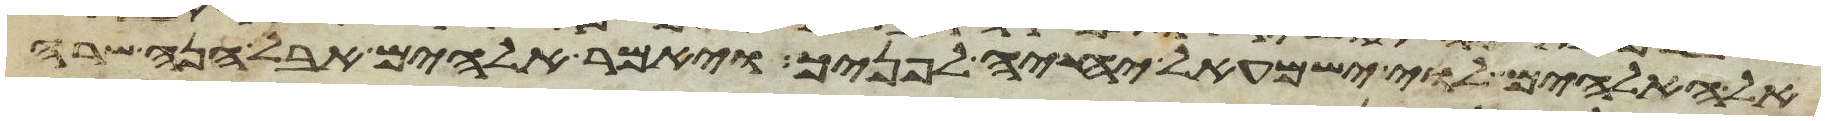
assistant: אל האלהים לוי ישמעאל יחיה לפניך ויאמר אלהים אבל הנה שרה